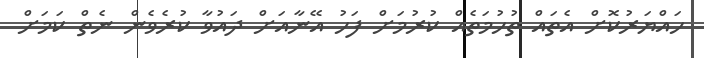
ހައްޔަރުކޮށް އެތައް ތުހުމަތެއް ކުރުމަށް ފަހު އޭނާއަށް ދައުވާ ކުރެވެން ނެތް ކަމަށް